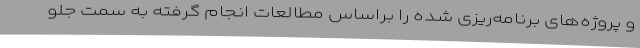
و پروژه‌های برنامه‌ریزی شده را براساس مطالعات انجام گرفته به سمت جلو